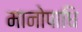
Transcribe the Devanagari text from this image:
मानोपाधि